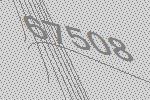
67508